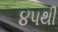
૪૫થી